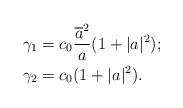
LaTeX: \begin{align*}\gamma_1&=c_0\frac{\overline{a}^2}{a}(1+|a|^2);\\\gamma_2&=c_0(1+|a|^2).\end{align*}